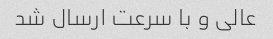
عالی و با سرعت ارسال شد